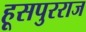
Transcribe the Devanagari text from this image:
हूसपुरराज